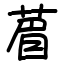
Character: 葿